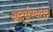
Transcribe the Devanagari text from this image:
अर्द्धस्वतंत्र